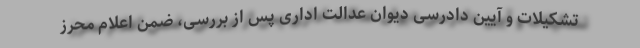
تشکیلات و آیین دادرسی دیوان عدالت اداری پس از بررسی، ضمن اعلام محرز